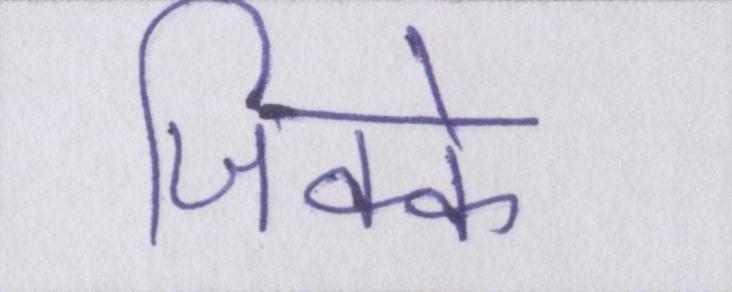
जिक्के